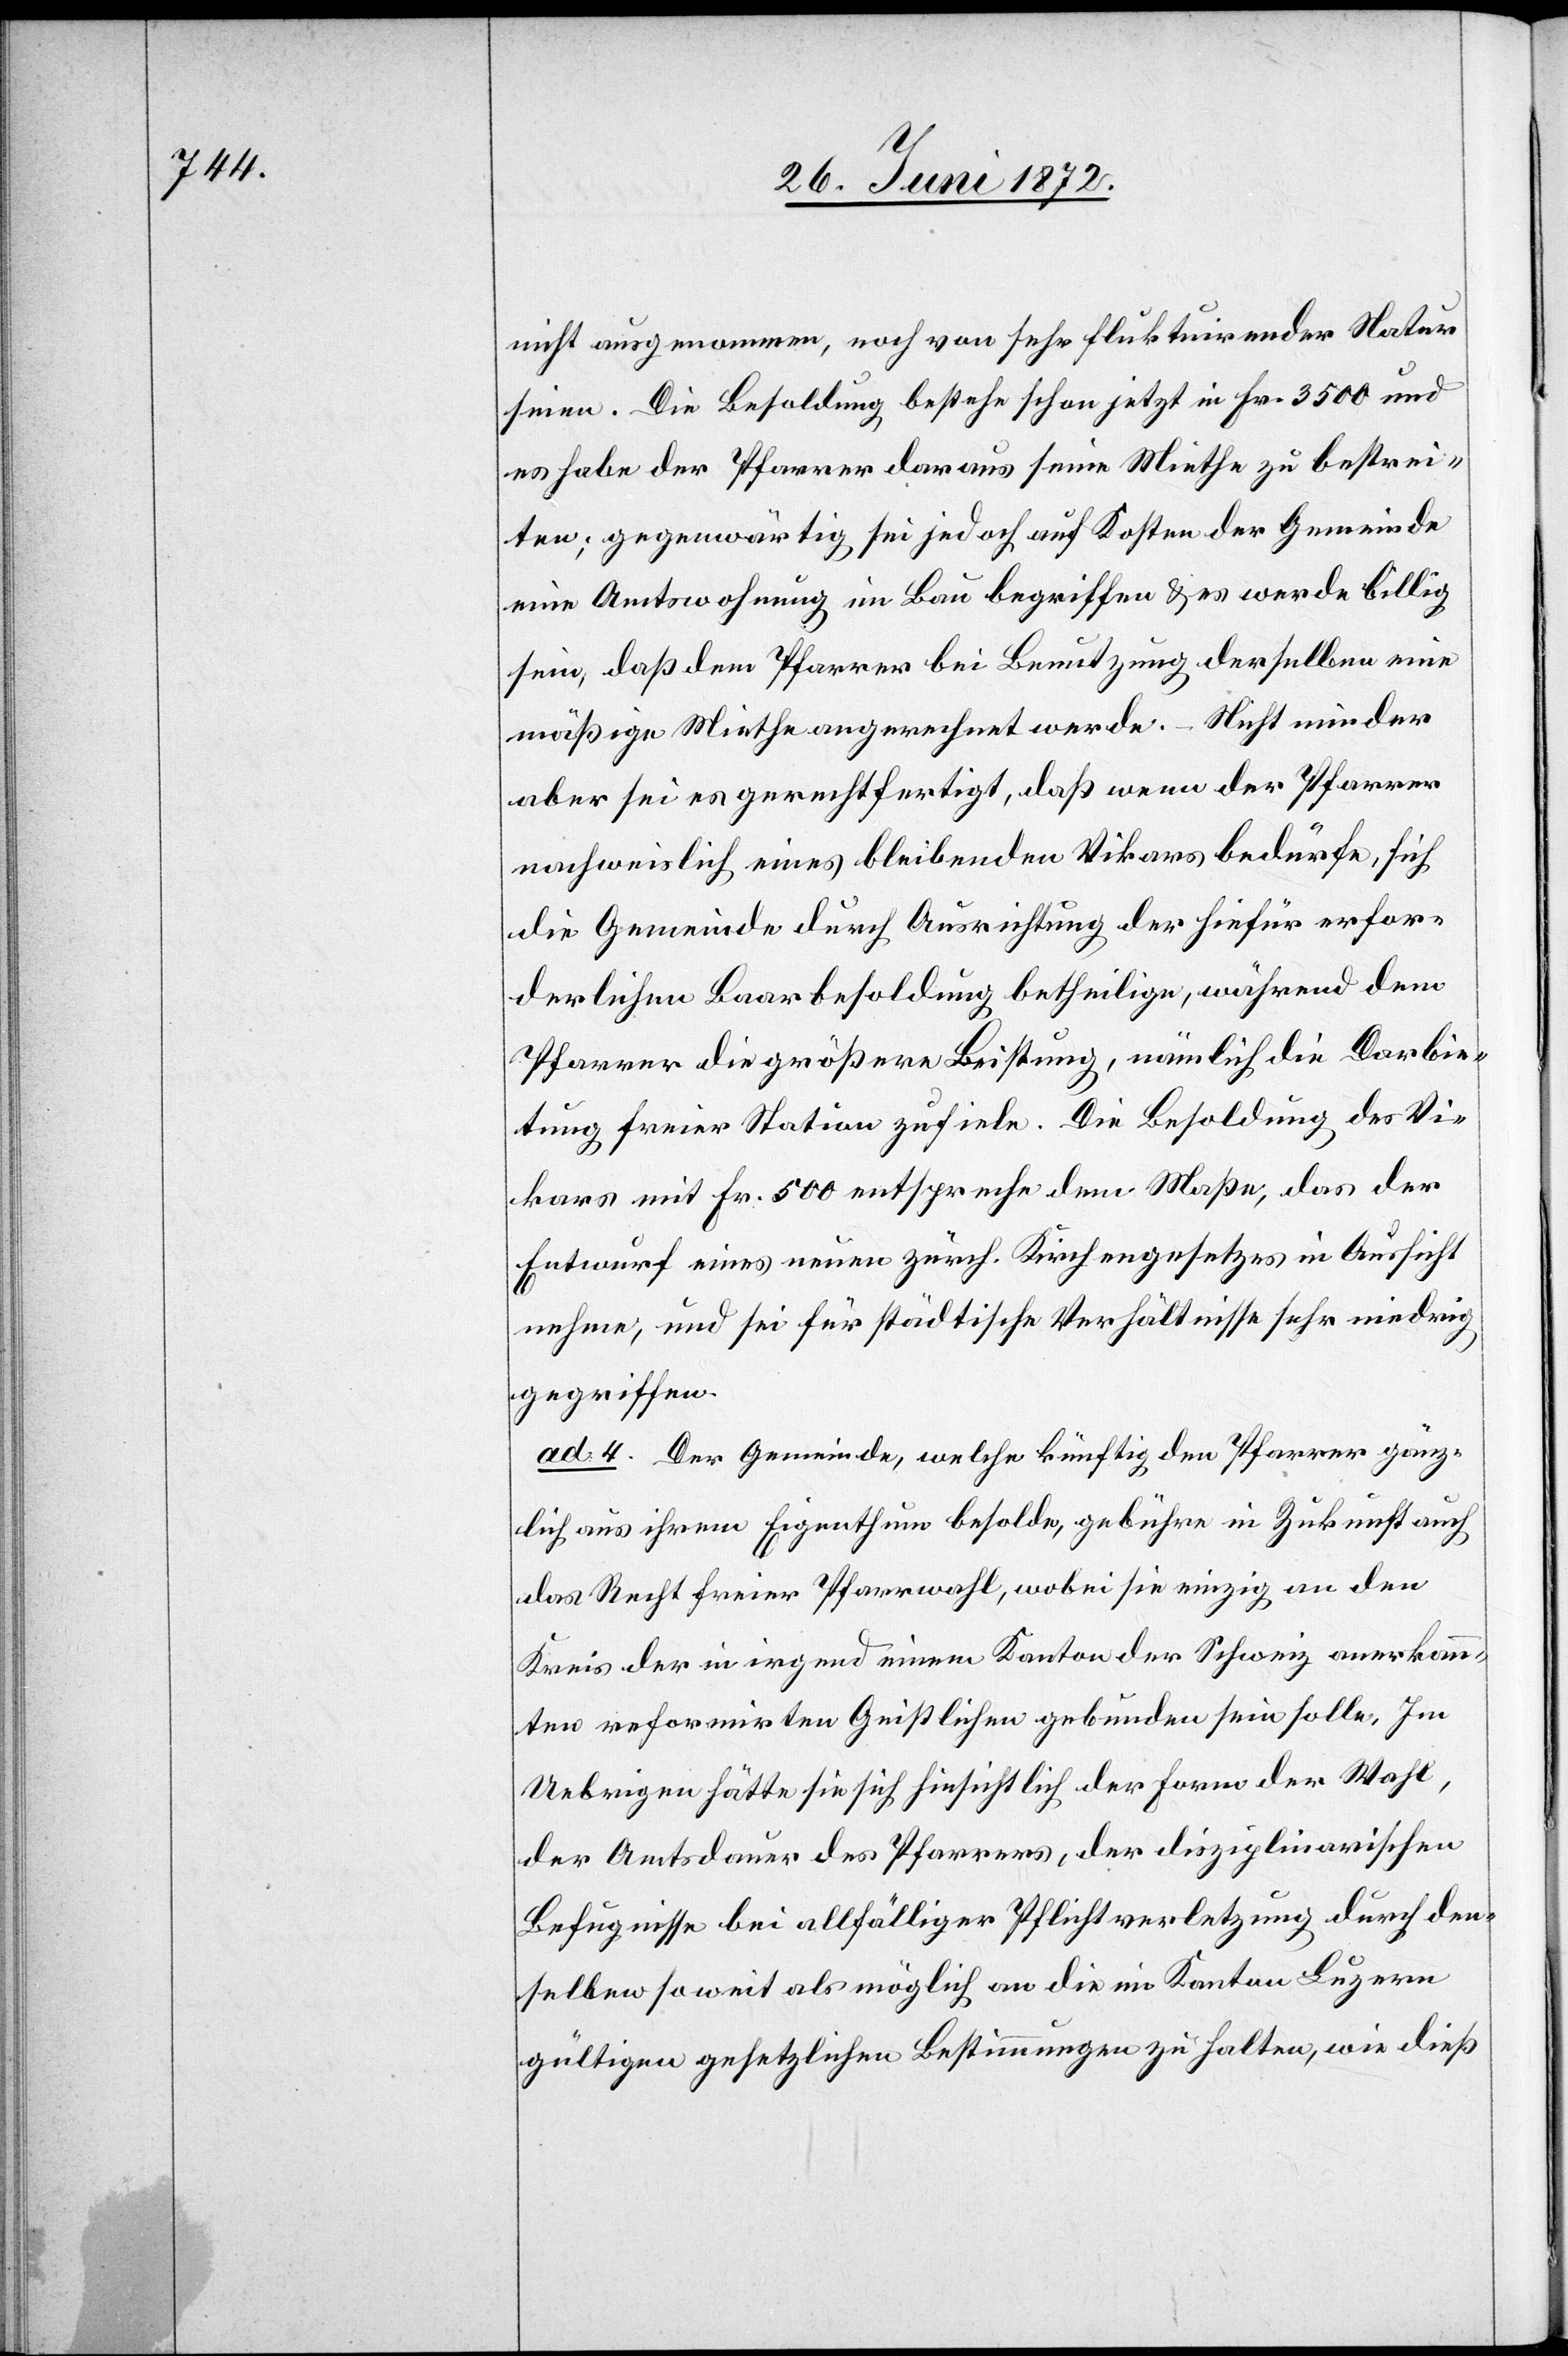
nicht ausgenommen, noch von sehr fluktuirender Natur
seien. Die Besoldung bestehe schon jetzt in Fr. 3500 und
es habe der Pfarrer daraus seine Miethe zu bestrei¬
ten; gegenwärtig sei jedoch auf Kosten der Gemeinde
eine Amtswohnung im Bau begriffen u. es werde billig
sein, daß dem Pfarrer bei Benutzung derselben eine
mäßige Miethe angerechnet werde. – nicht minder
aber sei es gerechtfertigt, daß wenn der Pfarrer
nachweislich eines bleibenden Vikars bedürfe, sich
die Gemeinde durch Ausrichtung der hiefür erfor¬
derlichen Baarbesoldung betheilige, während dem
Pfarrer die größere Leistung, nämlich die Darbie¬
tung freier Station zufiele. Die Besoldung des Vi¬
kars mit Fr. 500 entspreche dem Maße, das der
Entwurf eines neuen zürch. Kirchengesetzes in Aussicht
nehme, und sei für städtische Verhältnisse sehr niedrig
gegriffen.
ad 4. Der Gemeinde, welche künftig den Pfarrer gänz¬
lich aus ihrem Eigenthum besolde, gebühre in Zukunft auch
das Recht freier Pfarrwahl, wobei sie einzig an den
Kreis der in irgend einem Kanton der Schweiz anerkann¬
ten reformirten Geistlichen gebunden sein solle. Im
Uebrigen hätte sie sich hinsichtlich der Form der Wahl,
der Amtsdauer des Pfarrers, der disziplinarischen
Befugnisse bei allfälliger Pflichtverletzung durch den¬
selben so weit als möglich an die im Kanton Luzern
gültigen gesetzlichen Bestimmungen zu halten, wie dieß